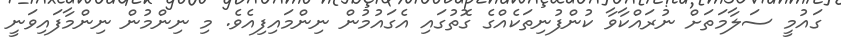
ގައުމީ ސަލާމަތަށް ނުރައްކާވާ ކުންފުނިތަކެއްގެ ގޮތުގައި އެގައުމުން ނިންމައިފިއެވެ. މި ނިންމުން ނިންމާފައިވަނީ